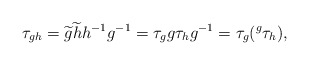
\begin{align*}\tau_{gh} = \widetilde g \widetilde h h^{-1} g^{-1} = \tau_g g \tau_h g^{-1} = \tau_g({}^g\tau_h),\end{align*}